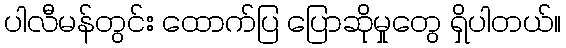
ပါလီမန်တွင်း ထောက်ပြ ပြောဆိုမှုတွေ ရှိပါတယ်။